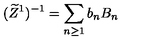
( \widetilde Z ^ { 1 } ) ^ { - 1 } = \sum _ { n \ge 1 } b _ { n } B _ { n }